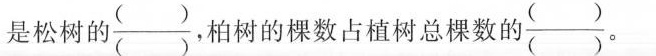
是松树 $$\frac{()}{()}$$，柏树的棵数占植树总棵数的 $$\frac{()}{()}$$ 。